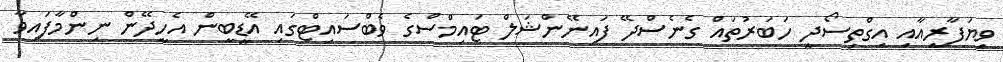
ވިޔަފާރީއާއި އިގްތިސޯދީ ހަބަރުތައް ގެނެސްދޭ ފައިނޭންޝަލް ޓައިމްސްގެ ވެބްސައިޓްގައި އޭޑީބީން އެހީދޭން ނިންމާފައިވާ